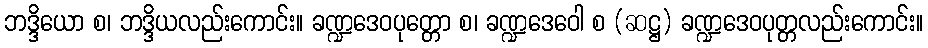
ဘဒ္ဒိယော စ၊ ဘဒ္ဒိယလည်းကောင်း။ ခဏ္ဍဒေဝပုတ္တော စ၊ ခဏ္ဍဒေဝေါ စ (ဆဋ္ဌ) ခဏ္ဍဒေဝပုတ္တလည်းကောင်း။